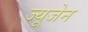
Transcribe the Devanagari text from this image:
ज्यूजेन